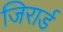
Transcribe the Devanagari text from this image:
जिरार्ड